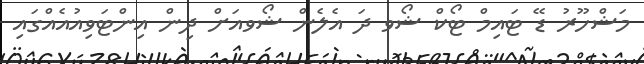
މަޝްހޫރު ޑޭ ޓައިމް ޓޯކް ޝޯވ ދަ އެލެން ޝޯވއަށް ދިން އިންޓަވިއުއެއްގައި